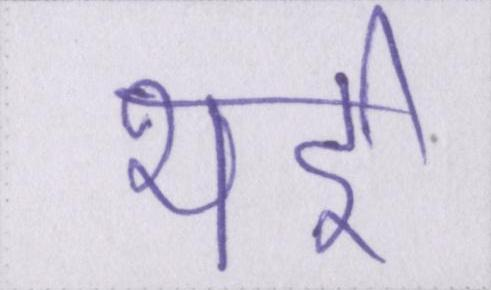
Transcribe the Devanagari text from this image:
भई